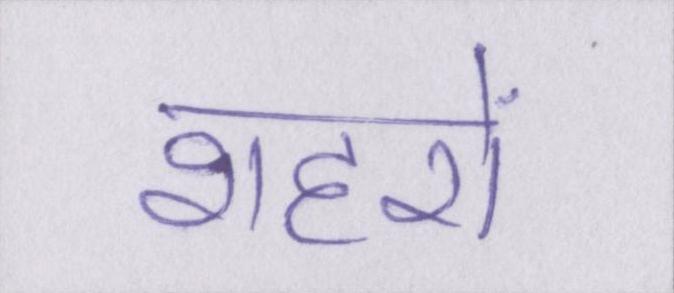
शहरों